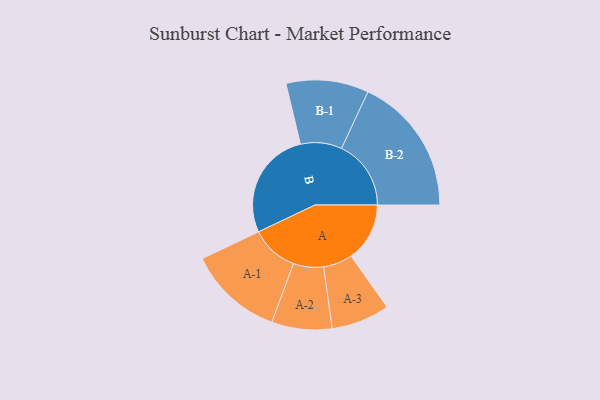
{"axis": {"x": "Segment", "y": "Value"}, "legend": ["", "A", "B"], "data": [{"x": "A", "y": 253, "type": ""}, {"x": "B", "y": 471, "type": ""}, {"x": "A-1", "y": 205, "type": "A"}, {"x": "A-2", "y": 130, "type": "A"}, {"x": "A-3", "y": 126, "type": "A"}, {"x": "B-1", "y": 178, "type": "B"}, {"x": "B-2", "y": 300, "type": "B"}]}